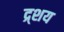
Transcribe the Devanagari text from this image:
द्र्शय